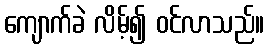
ကျောက်ခဲ လိမ့်၍ ဝင်လာသည်။